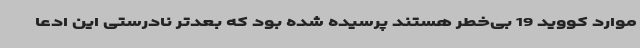
موارد کووید 19 بی‌خطر هستند پرسیده شده بود که بعدتر نادرستی این ادعا